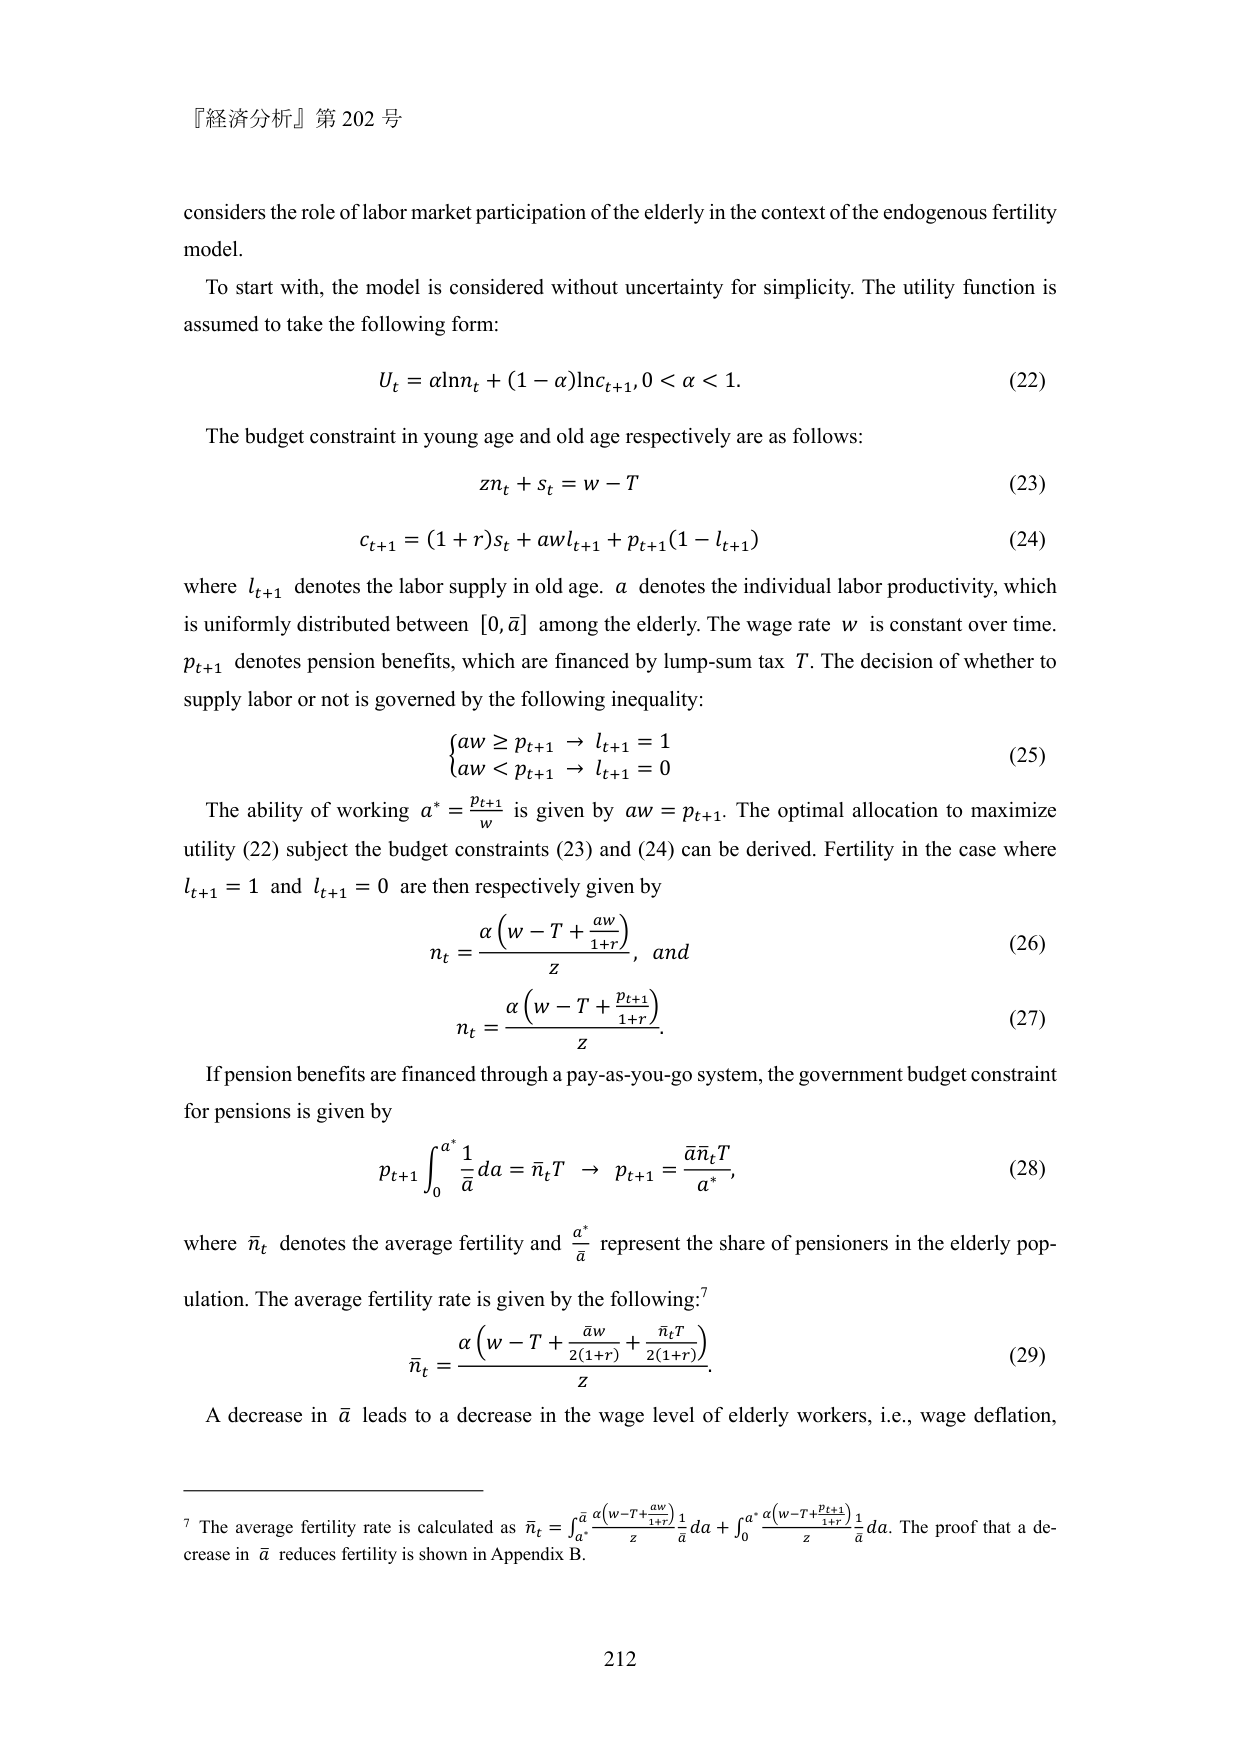
『経済分析』第 202 号

considers the role of labor market participation of the elderly in the context of the endogenous fertility model.

To start with, the model is considered without uncertainty for simplicity. The utility function is assumed to take the following form:

U_t = αlnn_t + (1−α)lnc_{t+1}, 0 < α < 1.  (22)

The budget constraint in young age and old age respectively are as follows:

zn_t + s_t = w − T  (23)

c_{t+1} = (1+r)s_t + awl_{t+1} + p_{t+1}(1−l_{t+1})  (24)

where l_{t+1} denotes the labor supply in old age. a denotes the individual labor productivity, which is uniformly distributed between [0, \bar{a}] among the elderly. The wage rate w is constant over time. p_{t+1} denotes pension benefits, which are financed by lump-sum tax T. The decision of whether to supply labor or not is governed by the following inequality:

{ aw ≥ p_{t+1} → l_{t+1} = 1
  aw < p_{t+1} → l_{t+1} = 0 }  (25)

The ability of working a^* = p_{t+1}/w is given by aw = p_{t+1}. The optimal allocation to maximize utility (22) subject the budget constraints (23) and (24) can be derived. Fertility in the case where l_{t+1} = 1 and l_{t+1} = 0 are then respectively given by

n_t = [α(w−T + aw/(1+r))]/z, and  (26)

n_t = [α(w−T + p_{t+1}/(1+r))]/z.  (27)

If pension benefits are financed through a pay-as-you-go system, the government budget constraint for pensions is given by

p_{t+1} ∫₀^{a^*} (1/\bar{a}) da = \bar{n}_t T → p_{t+1} = (\bar{a}\bar{n}_t T)/a^*  (28)

where \bar{n}_t denotes the average fertility and a^*/\bar{a} represent the share of pensioners in the elderly population. The average fertility rate is given by the following:⁷

\bar{n}_t = [α(w−T + \bar{a}w/(2(1+r)) + \bar{n}_t T/(2(1+r)))]/z  (29)

A decrease in \bar{a} leads to a decrease in the wage level of elderly workers, i.e., wage deflation,

⁷ The average fertility rate is calculated as \bar{n}_t = ∫_{a^*}^{\bar{a}} [α(w−T + aw)/(1+r)]/z * (1/\bar{a}) da + ∫₀^{a^*} [α(w−T + p_{t+1}/(1+r))]/z * (1/\bar{a}) da. The proof that a decrease in \bar{a} reduces fertility is shown in Appendix B.

212